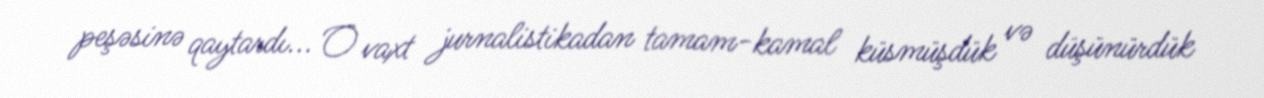
peşəsinə qaytardı... O vaxt jurnalistikadan tamam-kamal küsmüşdük və düşünürdük